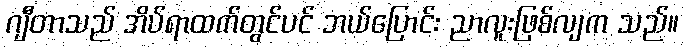
ဂျီတာသည် အိပ်ရာထက်တွင်ပင် ဘယ်ပြောင်း ညာလူးဖြစ်လျက သည်။